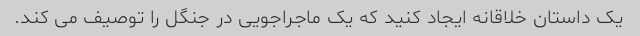
یک داستان خلاقانه ایجاد کنید که یک ماجراجویی در جنگل را توصیف می کند.